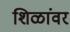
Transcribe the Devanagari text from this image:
शिळांवर